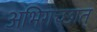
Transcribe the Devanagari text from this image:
अभिगच्छात्